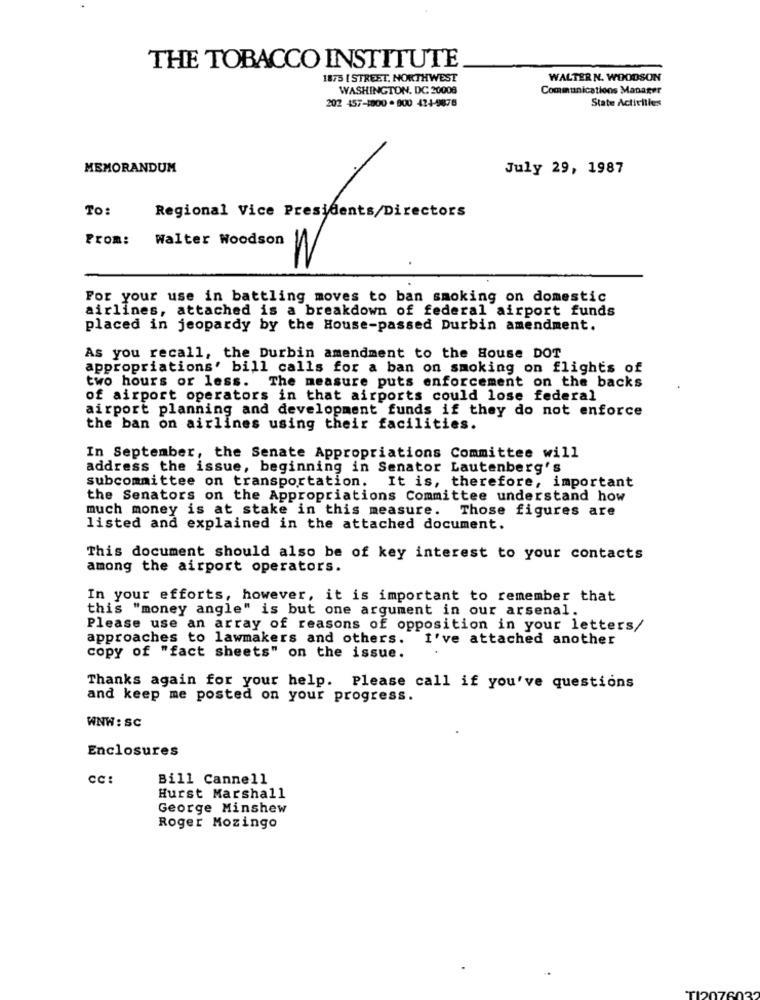
THE TOBACCO INSTITUTE
1875 [ STREET. NORTHWEST
WALTER N. WOODSON
WASHINGTON, DC 20008
Communications Manager
202 457-1800 . 000 424-9878
State Activities
MEMORANDUM
July 29, 1987
To:
Regional Vice Presidents/Directors
From:
Walter Woodson
For your use in battling moves to ban smoking on domestic
airlines, attached is a breakdown of federal airport funds
placed in jeopardy by the House-passed Durbin amendment.
As you recall, the Durbin amendment to the House DOT
appropriations' bill calls for a ban on smoking on flights of
two hours or less. The measure puts enforcement on the backs
of airport operators in that airports could lose federal
airport planning and development funds if they do not enforce
the ban on airlines using their facilities.
In September, the Senate Appropriations Committee will
address the issue, beginning in Senator Lautenberg's
subcommittee on transportation. It is, therefore, important
the Senators on the Appropriations Committee understand how
much money is at stake in this measure. Those figures are
listed and explained in the attached document.
This document should also be of key interest to your contacts
among the airport operators.
In your efforts, however, it is important to remember that
this "money angle" is but one argument in our arsenal.
Please use an array of reasons of opposition in your letters/
approaches to lawmakers and others.
I've attached another
copy of "fact sheets" on the issue.
Thanks again for your help. Please call if you've questions
and keep me posted on your progress.
WNW: SC
Enclosures
CC:
Bill Cannell
Hurst Marshall
George Minshew
Roger Mozingo